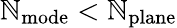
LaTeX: \mathbb{N}_{\mathrm{{mode}}}<\mathbb{N}_{\mathrm{{plane}}}